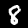
Digit: 8